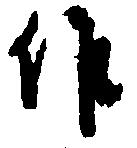
作